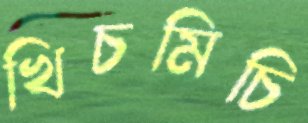
খিচমিচি